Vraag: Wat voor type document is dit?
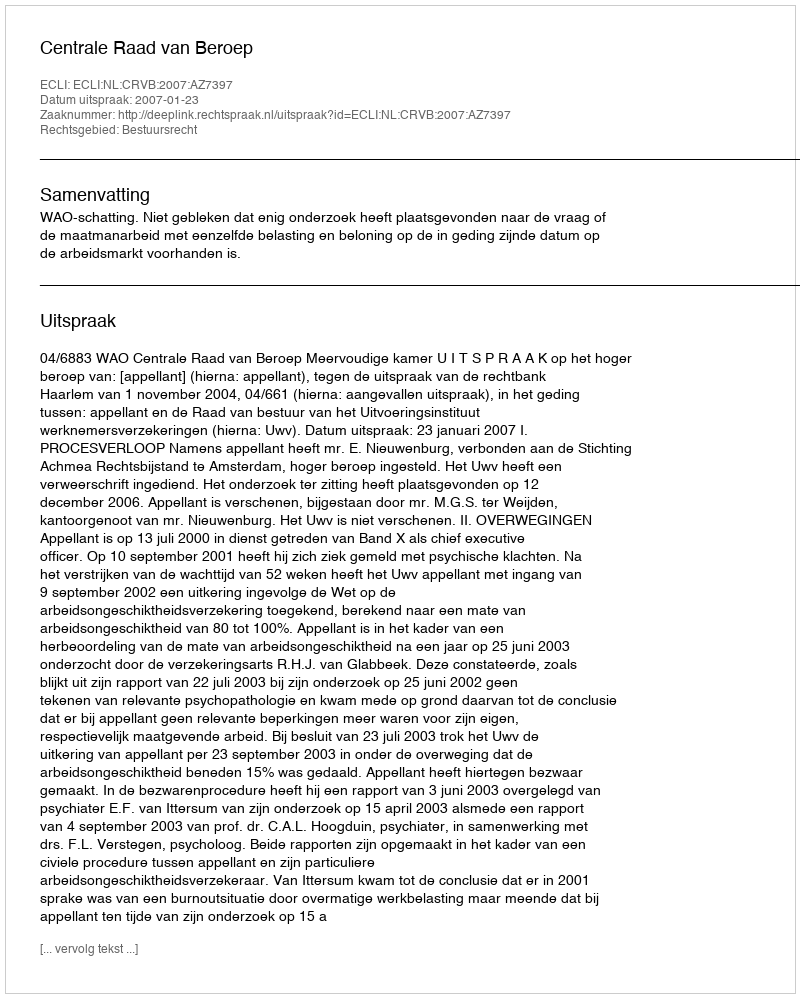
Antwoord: Uitspraak